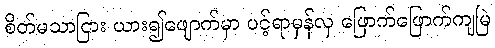
စိတ်မသာငြား ယား၍ဖျောက်မှာ ပင့်ရာမှန်လှ ဖြောက်ဖြောက်ကျမြဲ